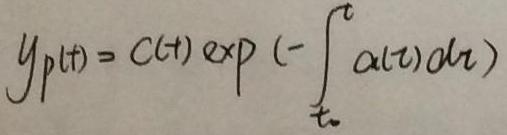
\[ y_p(t) = C(t) \exp \left( -\int_{t_0}^{t} \alpha(\tau) d\tau \right) \]